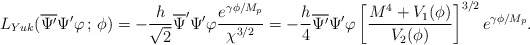
\begin{align*}L_{Yuk}(\overline{\Psi^{\prime}}\Psi^{\prime}\varphi \,;\, \phi)=-\frac{h}{\sqrt{2}}\overline{\Psi}^{\prime}\Psi^{\prime} \varphi \frac{e^{\gamma\phi/M_{p}}}{\chi^{3/2}}= -\frac{h}{4}\overline{\Psi^{\prime}}\Psi^{\prime}\varphi\left[\frac{M^{4}+V_{1}(\phi)}{V_{2}(\phi)}\right]^{3/2}e^{\gamma\phi/M_{p}}. \end{align*}